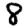
Digit: 8